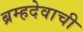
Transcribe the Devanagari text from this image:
ब्रम्हदेवाची